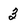
Character: 3